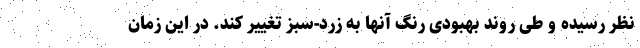
نظر رسیده و طی روند بهبودی رنگ آنها به زرد-سبز تغییر کند. در این زمان